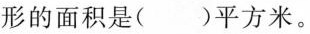
形的面积是()平方米。